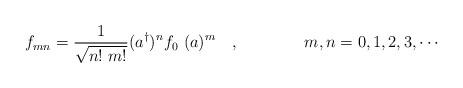
LaTeX: \begin{align*}f_{mn}=\frac{1}{\sqrt{n! ~ m!}}(a^\dagger\*)^n f_0\ (\* a)^m \quad , \qquad \qquad m,n=0,1,2,3, \cdots\end{align*}